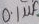
Text: 0.1µF